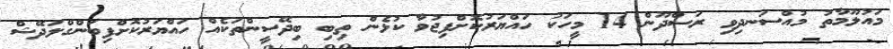
މައުލޫމާތު މުއްސަނދިވި ރަސްދޫން 14 މީހަކު ހައްޔަރުކޮށްފިޖުވާ ކުޅެން ތިބި ބިދޭސީންތަކެއް ހައްޔަރުކޮށްފިބަންގްލަދޭޝް